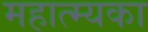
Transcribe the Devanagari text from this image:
महात्म्यका